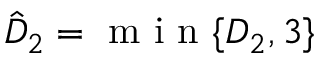
\hat { D } _ { 2 } = \mathrm { ~ m ~ i ~ n ~ } \{ D _ { 2 } , { 3 } \}